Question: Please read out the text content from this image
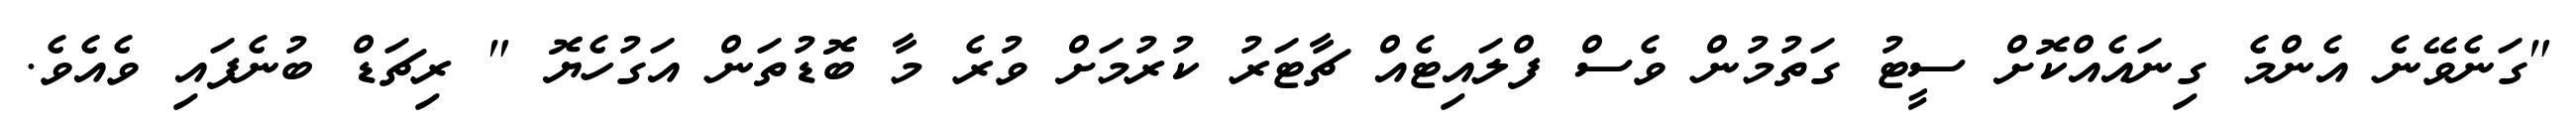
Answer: "ގަނެވޭނެ އެންމެ ގިނައެއްކޮށް ސީޓު ގަތުމުން ވެސް ފްލައިޓެއް ޗާޓަރު ކުރުމަށް ވުރެ މާ ބޮޑުތަން އަގުހެޔޮ " ރިޗަޑް ބުނެފައި ވެއެވެ.